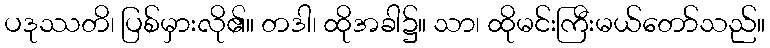
ပဒုဿတိ၊ ပြစ်မှားလို၏။ တဒါ၊ ထိုအခါ၌။ သာ၊ ထိုမင်းကြီးမယ်တော်သည်။